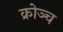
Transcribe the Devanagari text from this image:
क्रोञ्च